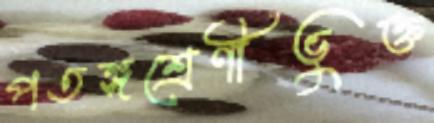
পতঙ্গশ্রেণীভুক্ত